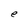
Character: e